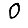
Digit: 0